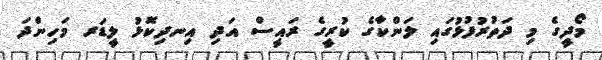
މޯދީގެ މި ދަތުރުފުޅުގައި ލަންކާގެ ކުރީގެ ރައީސް އަދި އިނދިކޮޅު ލީޑަރ މަހިންދަ